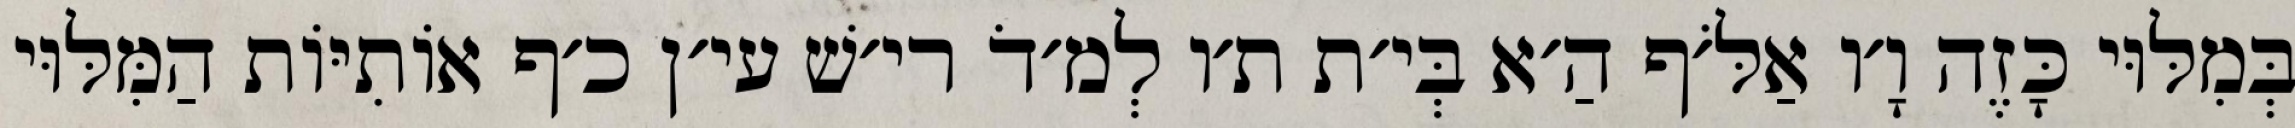
בְּמִלּוּי כָּזֶה וָ׳ו אַלֹּ׳ף הַ׳א בְּי׳ת ת׳ו לְמ׳דֹ רי׳שׁ עי׳ן כ׳ף אוֹתִיּוֹת הַמִּלּוּי